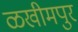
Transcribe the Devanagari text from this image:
ळखीमपुर